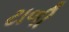
ટાળી